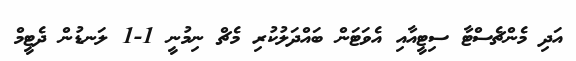
އަދި މެންޗެސްޓާ ސިޓީއާއި އެވަޓަން ބައްދަލުކުރި މެޗް ނިމުނީ 1-1 ލަނޑުން ދެޓީމް